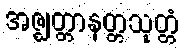
အဇ္ဈတ္တာနတ္တသုတ္တံ